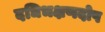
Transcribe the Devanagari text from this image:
दधिभक्षणदोष